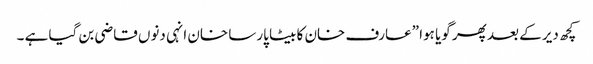
کچھ دیر کے بعد پھر گویا ہوا ”عارف خان کا بیٹا پارسا خان انہی دنوں قاضی بن گیا ہے ۔